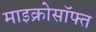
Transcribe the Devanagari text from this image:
माइक्रोसॉफ्त